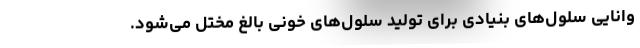
وانایی سلول‌های بنیادی برای تولید سلول‌های خونی بالغ مختل می‌شود.